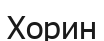
Хорин